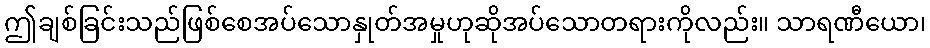
ဤချစ်ခြင်းသည်ဖြစ်စေအပ်သောနှုတ်အမှုဟုဆိုအပ်သောတရားကိုလည်း။ သာရဏီယော၊